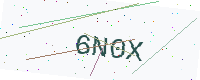
Text: 6N0X